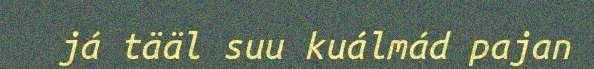
já tääl suu kuálmád pajan